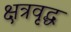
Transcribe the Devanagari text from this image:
क्षत्रवृद्ध